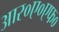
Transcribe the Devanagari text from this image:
आर०ए०एफ०